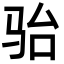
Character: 骀